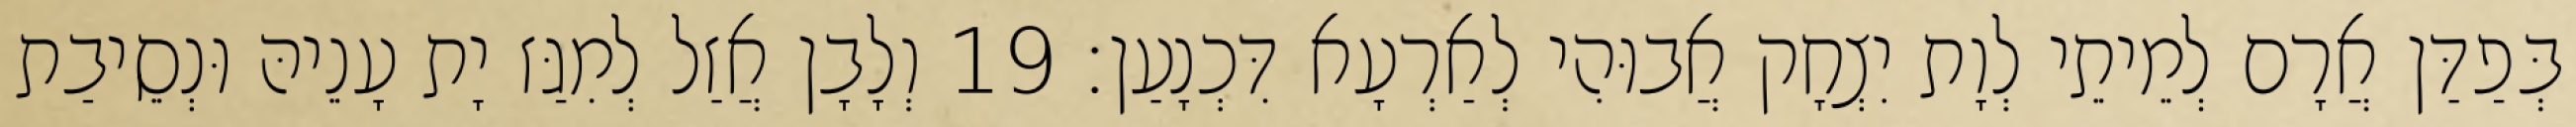
בְּפַדַּן אֲרָם לְמֵיתֵי לְוָת יִצְחָק אֲבוּהִי לְאַרְעָא דִּכְנָעַן׃ 19 וְלָבָן אֲזַל לְמִגַּז יָת עָנֵיהּ וּנְסֵיבַת